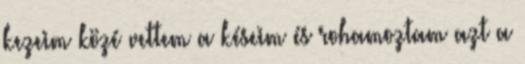
kezeim közé vettem a késeim és rohamoztam azt a